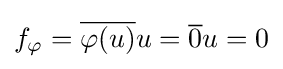
f_{\varphi }={\overline {\varphi (u)}}u={\overline {0}}u=0